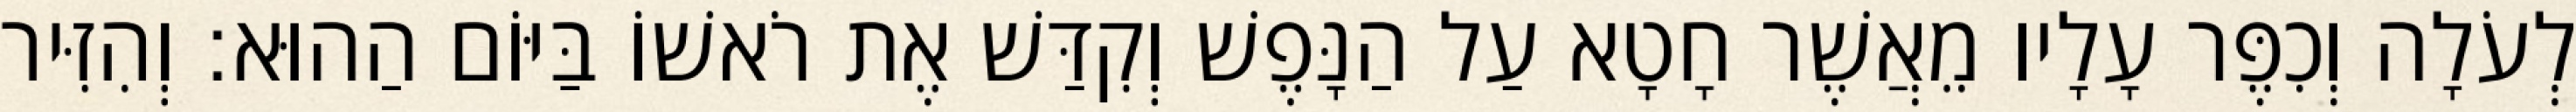
לְעֹלָה וְכִפֶּר עָלָיו מֵאֲשֶׁר חָטָא עַל הַנָּפֶשׁ וְקִדַּשׁ אֶת רֹאשׁוֹ בַּיּוֹם הַהוּא׃ וְהִזִּיר